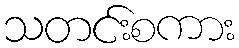
သတင်းစကား